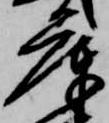
庫